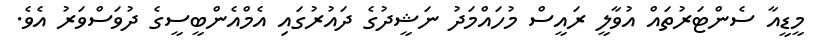
މީޑީއާ ސެންޓަރުތައް އުވާލީ ރައީސް މުހައްމަދު ނަޝީދުގެ ދައުރުގައި އެމްއެންބީސީގެ ދުވަސްވަރު އެވެ.